system: You are a helpful assistant.
user:
Analyze the provided spectrum to determine if it is a **"Cataclysmic Variables (CV)"**.

- **Key Indicators for CV (Check for either state):**
    - **State 1: Quiescent / Low-State (Emission-Dominated)**
        - **(Primary):** Strong and *very broad* Hydrogen Balmer emission lines (e.g., $H\alpha$ at 6563 Å, $H\beta$ at 4861 Å). The 'broadness' (high velocity dispersion, often FWHM > 1000 km/s) is the key diagnostic, indicating a high-velocity accretion disk.
        - **(Secondary):** Broad neutral Helium (He I) emission lines (e.g., 5876 Å, 6678 Å).
        - **(Key Confirmation):** Presence of high-excitation *ionized* Helium (He II) emission at 4686 Å. This is a strong indicator of accretion onto a white dwarf.
        - **(Line Profile):** Emission lines may exhibit a 'double-peaked' profile, which is a classic signature of a rotating accretion disk viewed at high inclination.

    - **State 2: Outburst / High-State (Absorption-Dominated)**
        - **(Primary):** Spectrum is dominated by a bright, blue continuum (looks like a hot star).
        - **(Secondary):** The emission lines from State 1 are weak, absent, or 'filled in', and are replaced by broad, shallow *absorption* lines (primarily Balmer and He I).
        - **(Morphology):** The overall spectrum mimics a hot B/A-type star. The crucial difference is that the absorption lines are significantly broader, shallower, and more 'washed-out' (or 'smeared') than the sharp lines of a normal stellar photosphere, due to high rotational speeds and pressure broadening in the disk.

Think first, call **spectral_visualization_tool** if needed to examine features in detail, then provide your final answer. Your response must adhere to the following strict rules:
1.  **Overall Structure:** Your response must follow the format `<think>...</think> <tool_call>...</tool_call> (if a tool is used) <answer>...</answer>`.
2.  **Tool Usage Constraint:** You may only make **one** tool call per turn.
3.  **Final Answer Format:** In the `<answer>` tag, your conclusion must be inside a `\boxed{}` command (e.g., `\boxed{YES}`), followed by your justification.

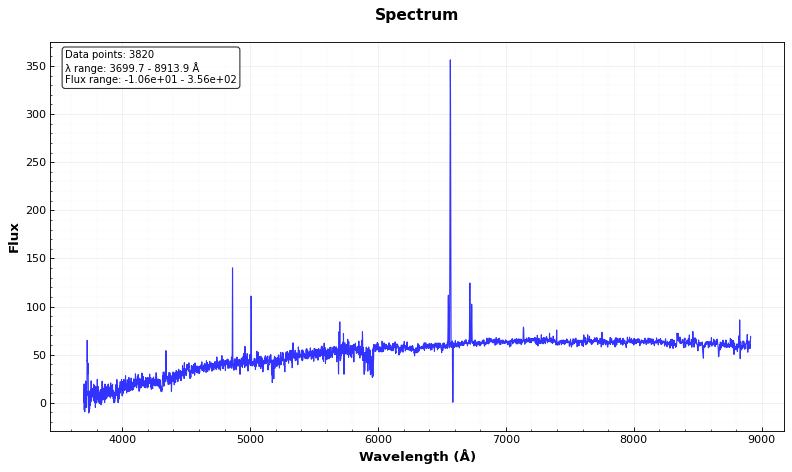
Answer: NO